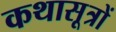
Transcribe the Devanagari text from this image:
कथासूत्रों